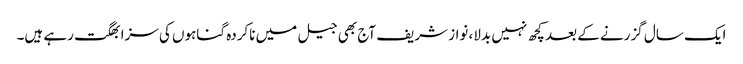
ایک سال گزرنے کے بعد کچھ نہیں بدلا، نواز شریف آج بھی جیل میں ناکردہ گناہوں کی سزا بھگت رہے ہیں۔